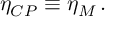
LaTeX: \eta _ { C P } \equiv \eta _ { M } \, .